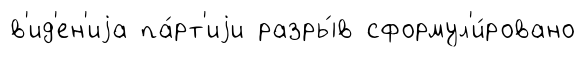
в'ид'ен'иjа па́рт'иjи разры́в сформул'и́ровано